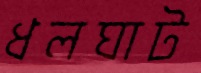
ধলঘাট